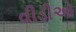
વીડીઓ